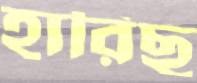
হারিছ